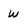
Character: w